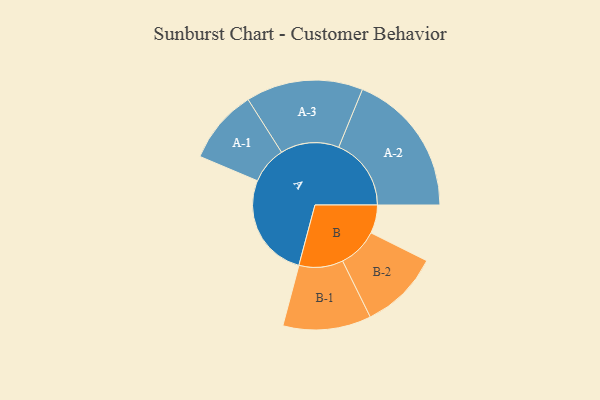
{"axis": {"x": "Segment", "y": "Value"}, "legend": ["", "A", "B"], "data": [{"x": "A", "y": 392, "type": ""}, {"x": "B", "y": 106, "type": ""}, {"x": "A-1", "y": 139, "type": "A"}, {"x": "A-2", "y": 271, "type": "A"}, {"x": "A-3", "y": 219, "type": "A"}, {"x": "B-1", "y": 165, "type": "B"}, {"x": "B-2", "y": 149, "type": "B"}]}